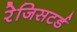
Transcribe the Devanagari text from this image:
रेजिसटर्ड